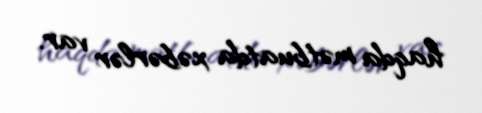
haqda mətbuatda xəbərlər var.